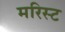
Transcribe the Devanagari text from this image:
मरिस्ट